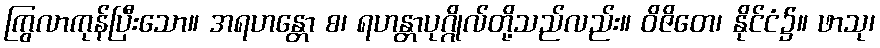
ကြွလာကုန်ပြီးသော။ အရဟန္တော စ၊ ရဟန္တာပုဂ္ဂိုလ်တို့သည်လည်း။ ဝိဇိတေ၊ နိုင်ငံ၌။ ဖာသု၊